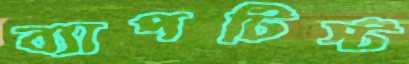
ব্যাপটিস্ট